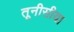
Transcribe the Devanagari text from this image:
तूनीसीया